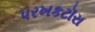
પરખકટૉરા